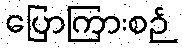
ပြောကြားစဉ်